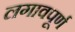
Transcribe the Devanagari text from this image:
लगावपूर्ण